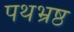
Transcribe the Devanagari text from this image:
पथभ्रष्ठ